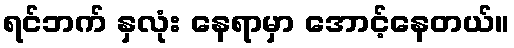
ရင်ဘက် နှလုံး နေရာမှာ အောင့်နေတယ်။